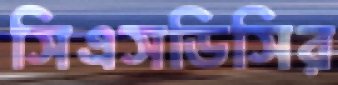
সিএসডিসির